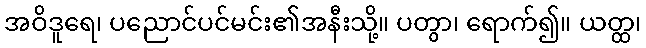
အဝိဒူရေ၊ ပညောင်ပင်မင်း၏အနီးသို့။ ပတွာ၊ ရောက်၍။ ယတ္ထ၊